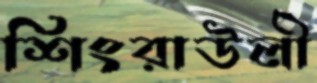
শিংরাউলী